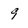
Character: 9